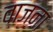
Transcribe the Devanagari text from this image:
वाजना